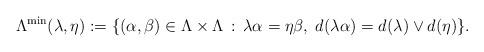
LaTeX: \begin{align*}\Lambda^{\operatorname{min}}(\lambda,\eta):=\{(\alpha,\beta)\in\Lambda\times\Lambda\,:\, \lambda\alpha=\eta\beta,\; d(\lambda\alpha)=d(\lambda)\vee d(\eta)\}.\end{align*}